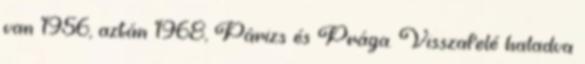
van 1956, aztán 1968, Párizs és Prága. Visszafelé haladva